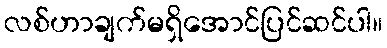
လစ်ဟာချက်မရှိအောင်ပြင်ဆင်ပါ။